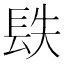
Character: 镻